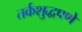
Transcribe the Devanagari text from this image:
तर्कशुद्धपणे